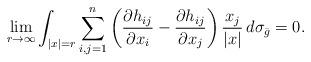
LaTeX: \begin{align*}\lim_{r\to \infty} \int_{|x|=r} \sum_{i,j=1}^n \left( \frac{\partial h_{ij}}{\partial x_i} - \frac{\partial h_{ij}}{\partial x_j}\right) \frac{x_j}{|x|} \, d\sigma_{\bar g}=0. \end{align*}